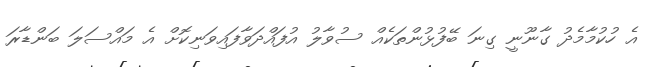
އެ ހުކުމާމެދު ގާނޫނީ ގިނަ ބޭފުޅުންތަކެއް ސުވާލު އުފައްދަވާފައިވަނިކޮށް އެ މައްސަލަ ބަންޑާރަ